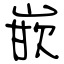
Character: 嵌